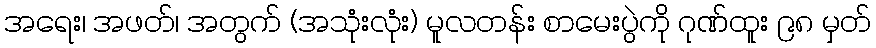
အရေး၊ အဖတ်၊ အတွက် (အသုံးလုံး) မူလတန်း စာမေးပွဲကို ဂုဏ်ထူး ၉၈ မှတ်